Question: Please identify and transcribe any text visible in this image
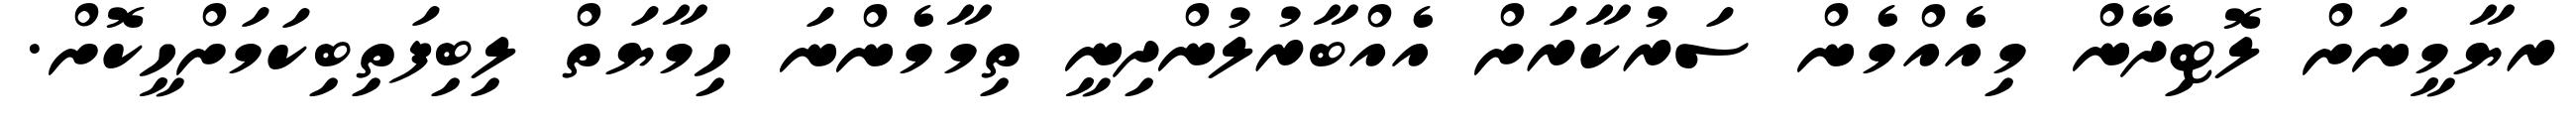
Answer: ރޔާމީނަށް ލޮޓިދޭން މިއެއްމެން ސަރުކާރަށް އެއްބާރުލުންދިނީ ތިމާމެންނަ ހިމާޔަތް ލިބިފަތިބިކަމަށްހީކޮށް.